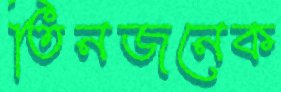
তিনজনেক